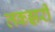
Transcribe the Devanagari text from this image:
लकझरी